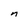
Character: n